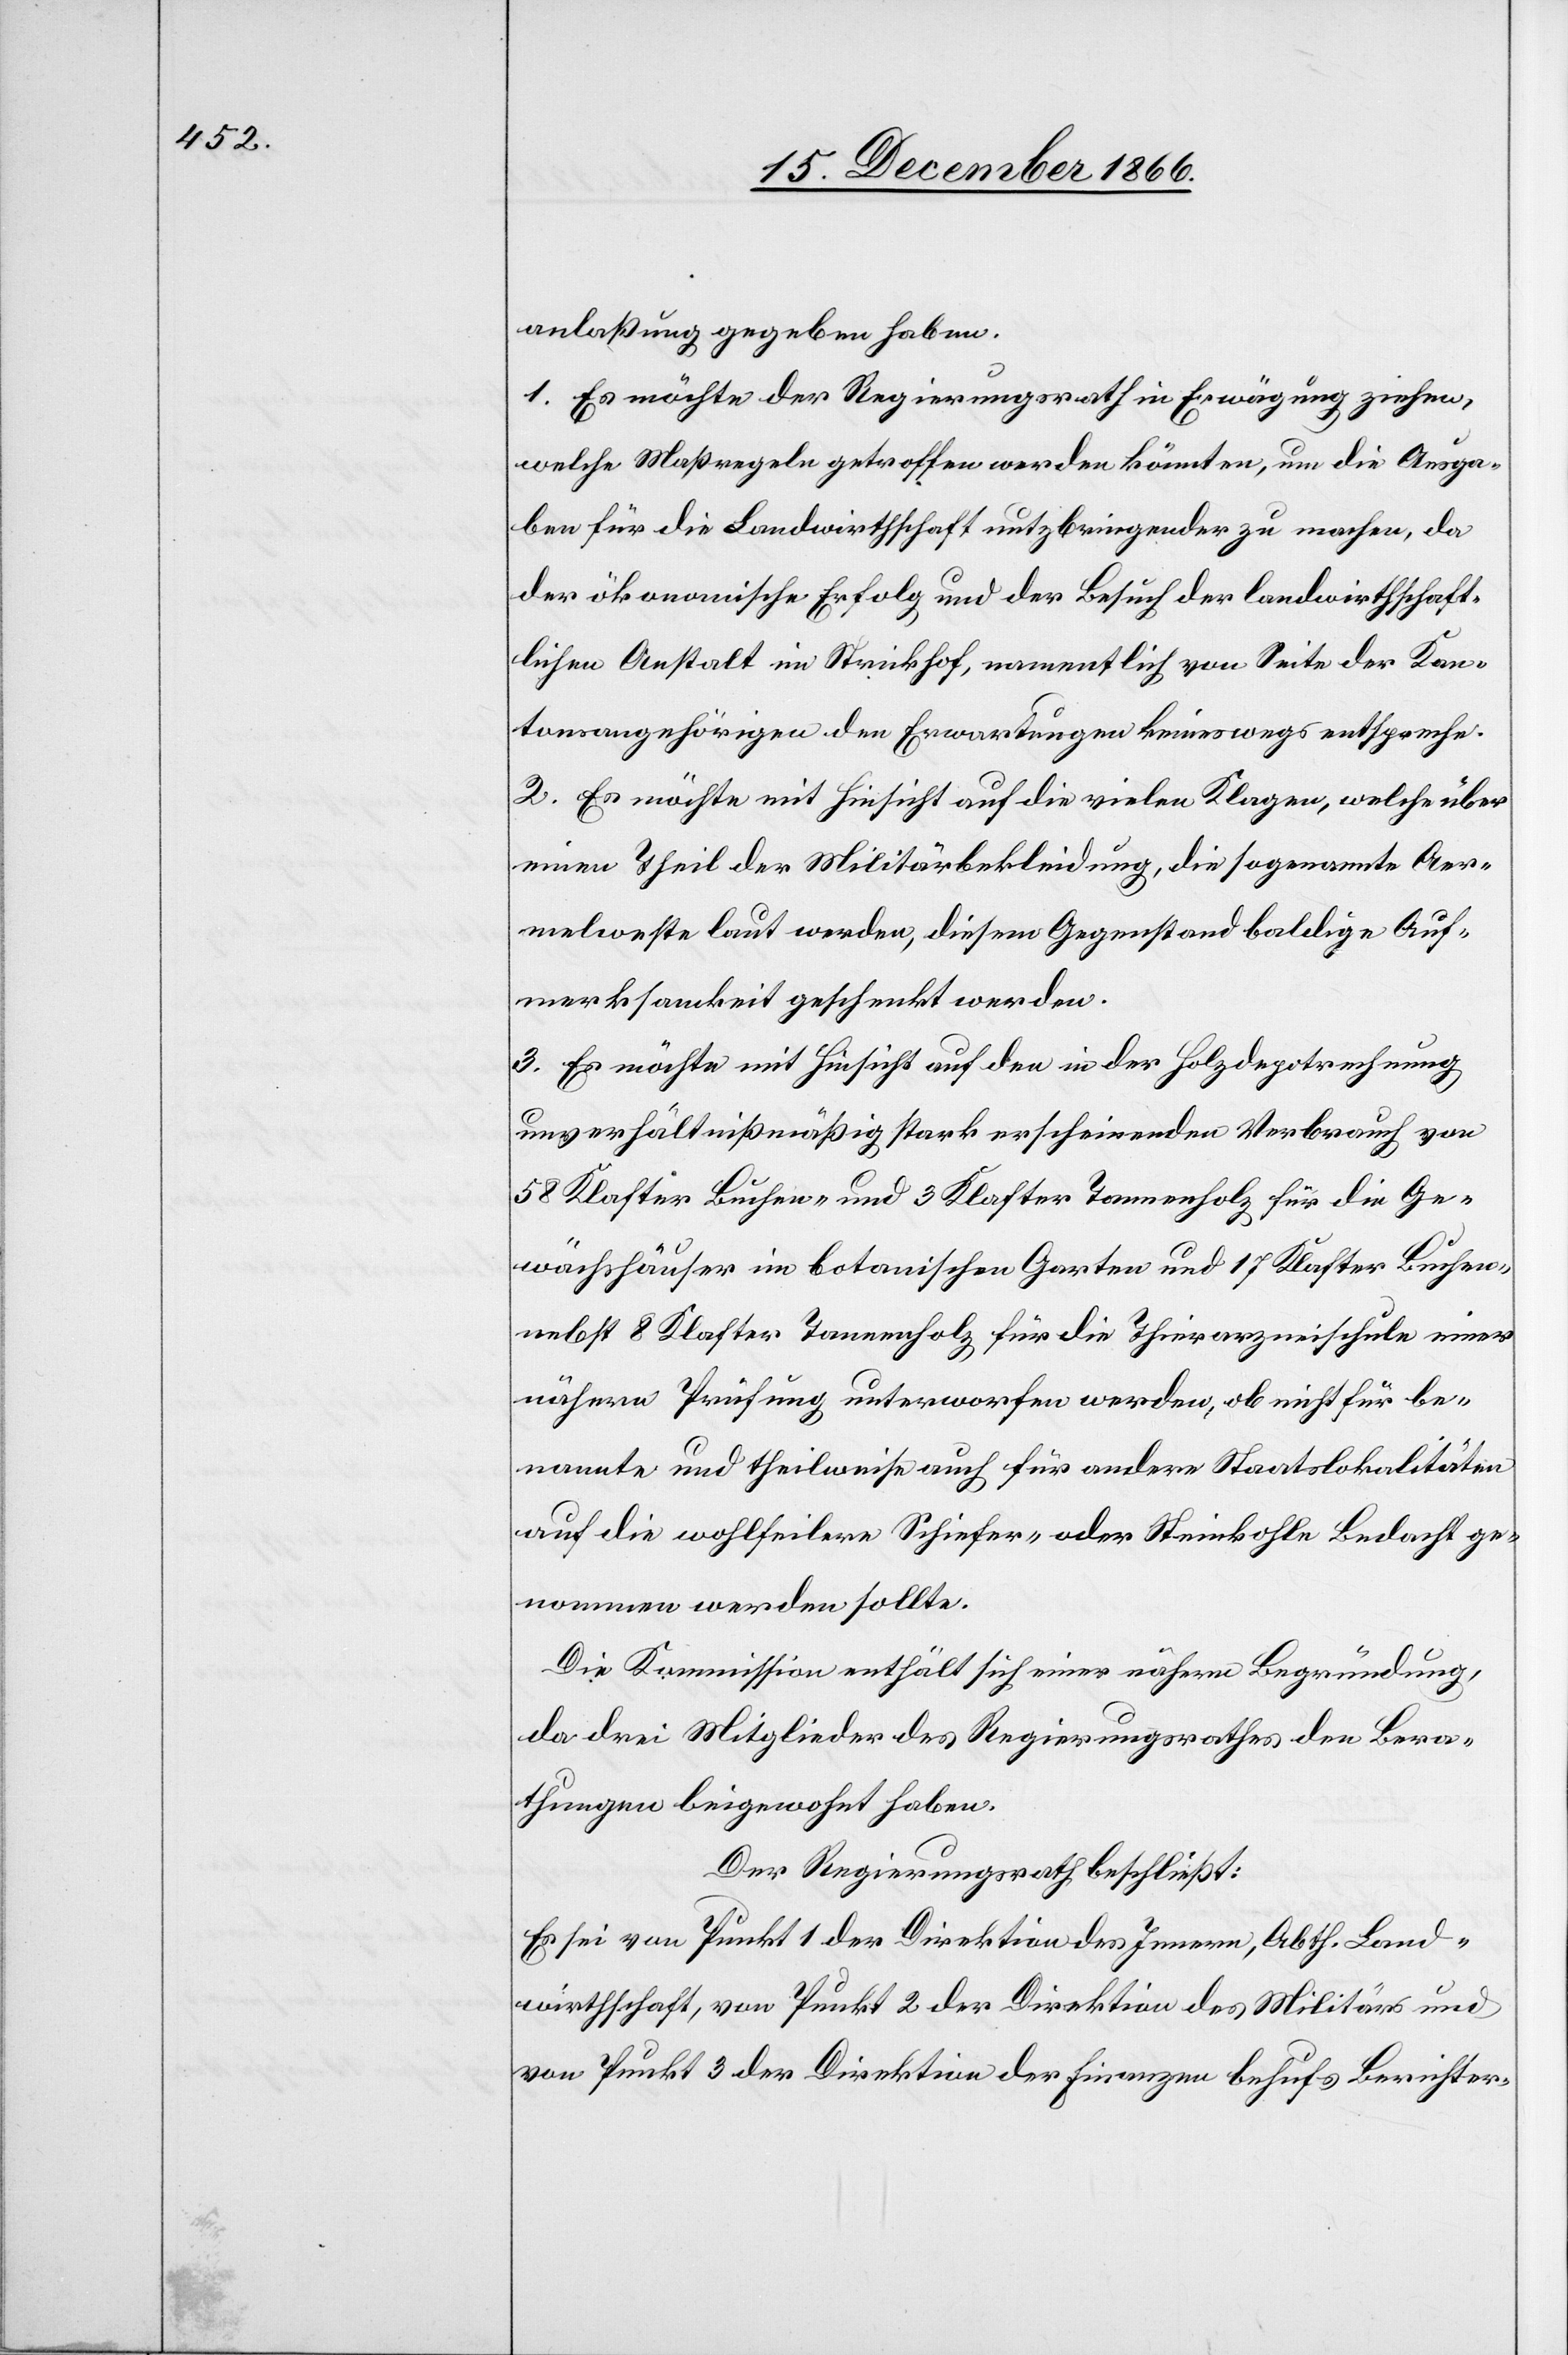
anlaßung gegeben haben.
1. Es möchte der Regierungsrath in Erwägung ziehen,
welche Maßregeln getroffen werden könnten, um die Ausga¬
ben für die Landwirthschaft nutzbringender zu machen, da
der ökonomische Erfolg und der Besuch der landwirthschaft¬
lichen Anstalt im Strickhof, namentlich von Seite der Kan¬
tonsangehörigen den Erwartungen keineswegs entspreche.
2. Es möchte mit Hinsicht auf die vielen Klagen, welche über
einen Theil der Militärbekleidung, die sogenannte Aer¬
melweste laut werden, diesem Gegenstand baldige Auf¬
merksamkeit geschenkt werden.
3. Es möchte mit Hinsicht auf den in der Holzdepotrechnung
unverhältnißmäßig stark erscheinenden Verbrauch von
58 Klafter Buchen- und 3 Klafter Tannenholz für die Ge¬
wächshäuser im botanischen Garten und 17 Klafter Buchen-
nebst 8 Klafter Tannenholz für die Thierarzneischule einer
nähern Prüfung unterworfen werden, ob nicht für be¬
nannte und theilweise auch für andere Staatslokalitäten
auf die wohlfeilern Schiefer- oder Steinkohle Bedacht ge¬
nommen werden sollte.
Die Kommission enthält sich einer nähern Begründung,
da drei Mitglieder des Regierungsrathes den Bera¬
thungen beigewohnt haben.
Der Regierungsrath beschließt:
Es sei von Punkt 1 der Direktion des Innern, Abth. Land¬
wirthschaft, von Punkt 2 der Direktion des Militärs und
von Punkt 3 der Direktion der Finanzen behufs Berichter-